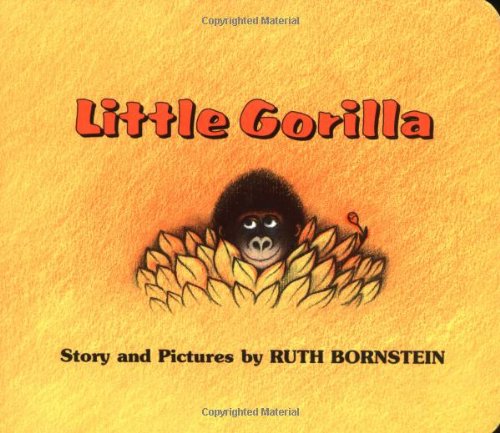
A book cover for Little Gorilla; Ruth Bornstein; Children's Books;